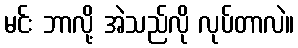
မင်း ဘာလို့ အဲသည်လို လုပ်တာလဲ။